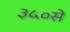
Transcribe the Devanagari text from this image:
३५०से